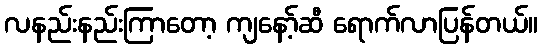
လနည်းနည်းကြာတော့ ကျနော့်ဆီ ရောက်လာပြန်တယ်။